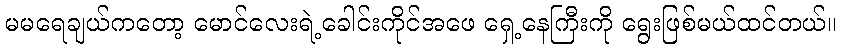
မမရေချယ်ကတော့ မောင်လေးရဲ့ခေါင်းကိုင်အဖေ ရှေ့နေကြီးကို ရွေးဖြစ်မယ်ထင်တယ်။